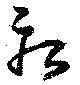
疾